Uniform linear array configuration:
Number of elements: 64
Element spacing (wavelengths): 0.75
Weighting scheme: kaiser
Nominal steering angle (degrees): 45
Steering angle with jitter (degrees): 46.262
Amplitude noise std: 0.05
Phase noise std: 0.05

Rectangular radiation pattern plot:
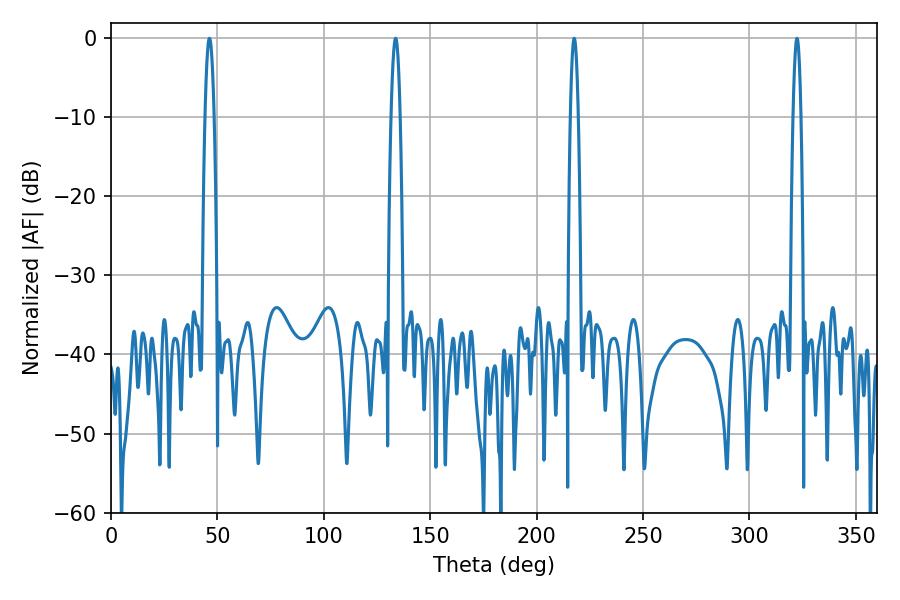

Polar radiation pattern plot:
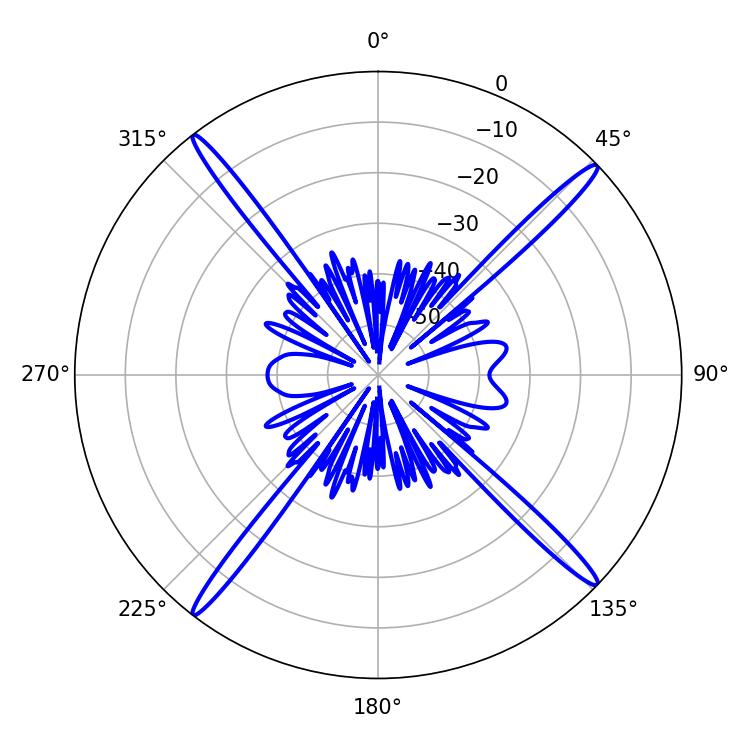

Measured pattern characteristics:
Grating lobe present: TRUE
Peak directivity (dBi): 20.69
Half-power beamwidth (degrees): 2.16
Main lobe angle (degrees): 46.26